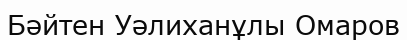
Бәйтен Уәлиханұлы Омаров